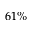
6 1 \%